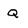
Character: Q